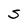
Character: S